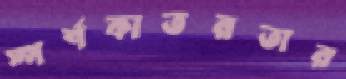
স্পর্শকাতরতার